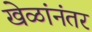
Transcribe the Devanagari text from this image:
खेळांनंतर